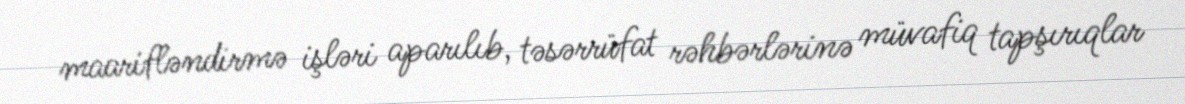
maarifləndirmə işləri aparılıb, təsərrüfat rəhbərlərinə müvafiq tapşırıqlar